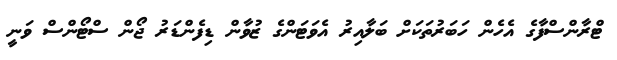
ޓްރާންސްފާގެ އެހެން ހަބަރުތަކަށް ބަލާއިރު އެވަޓަންގެ ޒުވާން ޑިފެންޑަރު ޖޯން ސްޓޯންސް ވަނީ